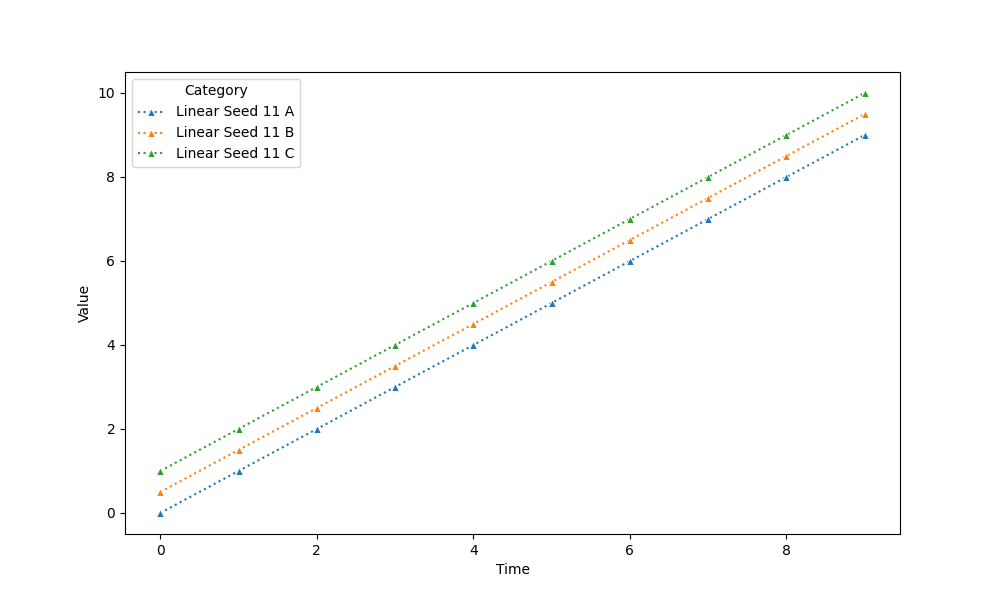
python, seaborn, lineplot, style='dotted', marker='^'